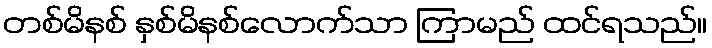
တစ်မိနစ် နှစ်မိနစ်လောက်သာ ကြာမည် ထင်ရသည်။